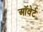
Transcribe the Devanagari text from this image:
ऑवेर्ट